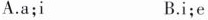
A.a;i B.i;e